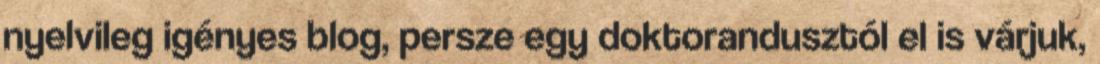
nyelvileg igényes blog, persze egy doktorandusztól el is várjuk,